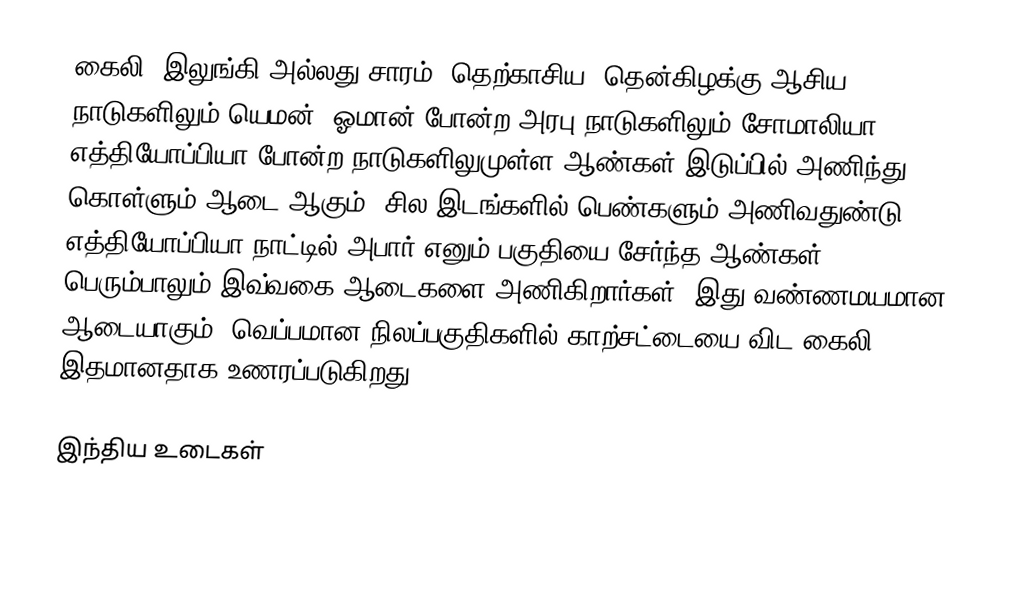
கைலி (இலுங்கி அல்லது சாரம்) தெற்காசிய, தென்கிழக்கு ஆசிய நாடுகளிலும் யெமன், ஓமான் போன்ற அரபு நாடுகளிலும் சோமாலியா, எத்தியோப்பியா போன்ற நாடுகளிலுமுள்ள ஆண்கள் இடுப்பில் அணிந்து கொள்ளும் ஆடை ஆகும். சில இடங்களில் பெண்களும் அணிவதுண்டு. எத்தியோப்பியா நாட்டில் அபார் எனும் பகுதியை சேர்ந்த ஆண்கள் பெரும்பாலும் இவ்வகை ஆடைகளை அணிகிறார்கள். இது வண்ணமயமான ஆடையாகும். வெப்பமான நிலப்பகுதிகளில் காற்சட்டையை விட கைலி இதமானதாக உணரப்படுகிறது.

இந்திய உடைகள்